Rules regarding the measures to be adopted on the outbreak of cholera or appearance of small-pox
Disease focus: Cholera
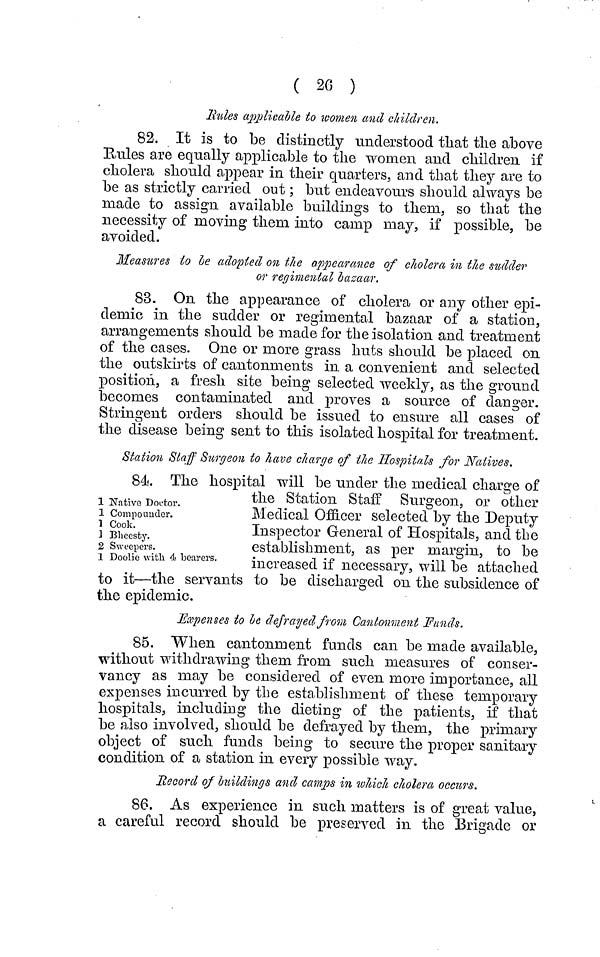
( 26 )
Rules applicable to women and children.
82. It is to be distinctly understood that the above
Rules are equally applicable to the women and children if
cholera should appear in their quarters, and that they are to
be as strictly carried out ; but endeavours should always be
made to assign available buildings to them, so that the
necessity of moving them into camp may, if possible, be
avoided.
Measures to be adopted on the appearance of cholera in the sudder
or regimental bazaar.
83. On the appearance of cholera or any other epi-
demic in the sudder or regimental bazaar of a station,
arrangements should be made for the isolation and treatment
of the cases. One or more grass huts should be placed on
the outskirts of cantonments in a convenient and selected
position, a fresh site being selected weekly, as the ground
becomes contaminated and proves a source of clanger.
Stringent orders should be issued to ensure all cases of
the disease being sent to this isolated hospital for treatment.
Station Staff Surgeon to have charge of the Hospitals for Natives.
1 Native Doctor.
1 Compounder.
1 Cook.
1 Bheesty.
2 Sweepers.
1 Doolie with 4 bearers.
84. The hospital will be under the medical charge of
the Station Staff Surgeon, or other
Medical Officer selected by the Deputy
Inspector General of Hospitals, and the
establishment, as per margin, to be
increased if necessary, will be attached
to it—the servants to be discharged on the subsidence of
the epidemic.
Expenses to be defrayed from Cantonment Funds.
85. When cantonment funds can be made available,
without withdrawing them from such measures of conser-
vancy as may be considered of even more importance, all
expenses incurred by the establishment of these temporary
hospitals, including the dieting of the patients, if that
be also involved, should be defrayed by them, the primary
object of such funds being to secure the proper sanitary
condition of a station in every possible way.
Record of buildings and camps in which cholera occurs.
86. As experience in such matters is of great value,
a careful record should be preserved in the Brigade or